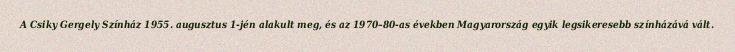
A Csiky Gergely Színház 1955. augusztus 1-jén alakult meg, és az 1970–80-as években Magyarország egyik legsikeresebb színházává vált.